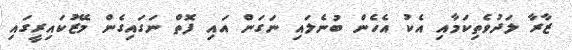
ޒާރާ ލަދުވެތިކަމާއި އެކު އެހެން ބުނެލައި ނަގަން އައި ފޮތް ނަގައިގެން މޭޒުކައިރީގައި